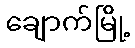
ချောက်မြို့